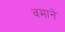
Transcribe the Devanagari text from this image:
वमाने